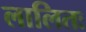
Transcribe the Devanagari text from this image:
लालितः